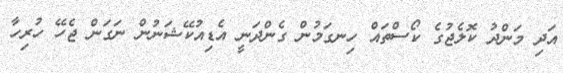
އަދި މަންދު ކޮލެޖުގެ ކޯސްތައް ހިނގަމުން ގެންދަނީ އެޑިއުކޭޝަނުން ނަގަން ޖެހޭ ހުރިހާ